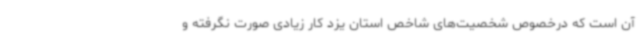
آن است که درخصوص شخصیت‌های شاخص استان یزد کار زیادی صورت نگرفته و